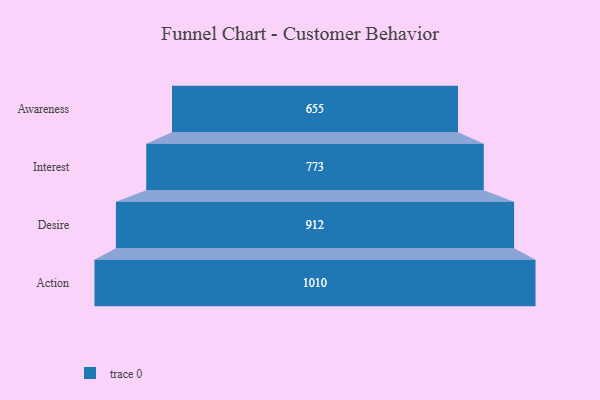
{"axis": {"x": "Stage", "y": "Value"}, "legend": [""], "data": [{"x": "Awareness", "y": 655.0, "type": ""}, {"x": "Interest", "y": 773.0, "type": ""}, {"x": "Desire", "y": 912.0, "type": ""}, {"x": "Action", "y": 1010.0, "type": ""}]}